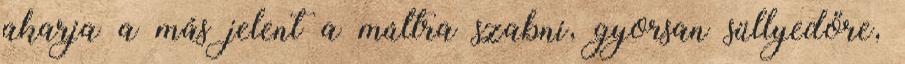
akarja a más jelent a múltra szabni, gyorsan süllyedőre,